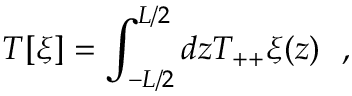
T [ \xi ] = \int _ { - L / 2 } ^ { L / 2 } d z T _ { + + } \xi ( z ) ~ ~ ,